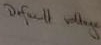
Text: Default voltage